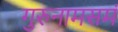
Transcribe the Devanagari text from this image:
गुरुनामसमं